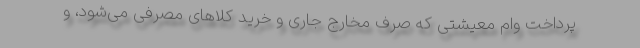
پرداخت وام معیشتی که صرف مخارج جاری و خرید کلاهای مصرفی می‌شود، و